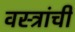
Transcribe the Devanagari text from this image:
वस्त्रांचीं